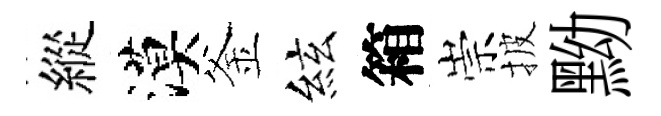
縱漠釜絃箱崇披黝